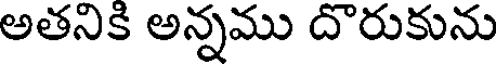
అతనికి అన్నము దొరుకును